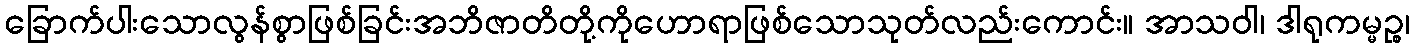
ခြောက်ပါးသောလွန်စွာဖြစ်ခြင်းအဘိဇာတိတို့ကိုဟောရာဖြစ်သောသုတ်လည်းကောင်း။ အာသဝါ၊ ဒါရုကမ္မဉ္စ၊